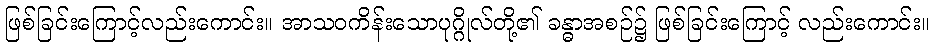
ဖြစ်ခြင်းကြောင့်လည်းကောင်း။ အာသဝကိန်းသောပုဂ္ဂိုလ်တို့၏ ခန္ဓာအစဉ်၌ ဖြစ်ခြင်းကြောင့် လည်းကောင်း။